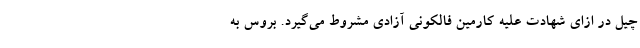
چیل در ازای شهادت علیه کارمین فالکونی آزادی مشروط می‌گیرد. بروس به